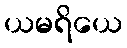
ယမရိယေ